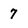
Character: 7